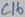
Text: C16